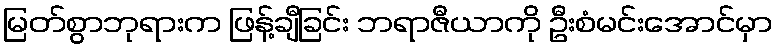
မြတ်စွာဘုရားက ဖြန့်ချီခြင်း ဘရာဇီယာကို ဦးစံမင်းအောင်မှာ